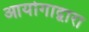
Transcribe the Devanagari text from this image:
आयोगाद्वारा